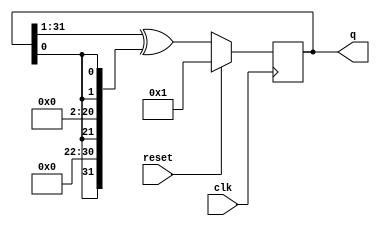
module top_module(
    input clk,
    input reset,    // Active-high synchronous reset to 32'h1
    output [31:0] q
);
    localparam INITQ = 32'h1;

    always @(posedge clk)
        if(reset)
            q <= INITQ;
        else
            // tap =          32                22                 2     1
            //                31                21                 1     0
            q <= (q >> 1) ^ {q[0], {9{1'b0}},  q[0], {19{1'b0}}, q[0], q[0]};
endmodule